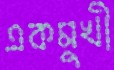
একমুখী